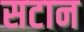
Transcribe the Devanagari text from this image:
सटान